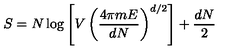
S = N \log \left[ V \left( \frac { 4 \pi m E } { d N } \right) ^ { d / 2 } \right] + \frac { d N } { 2 }